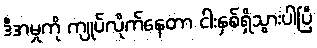
ဒီအမှုကို ကျုပ်လိုက်နေတာ ငါးနှစ်ရှိသွားပါပြီ